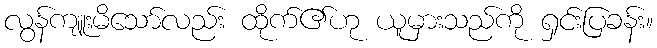
လွန်ကျူးမိသော်လည်း ထိုက်၏ဟု ယူမှားသည်ကို ရှင်းပြခန်း။